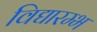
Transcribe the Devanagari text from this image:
विद्यारम्भ